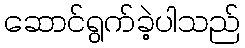
ဆောင်ရွက်ခဲ့ပါသည်